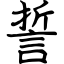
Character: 誓